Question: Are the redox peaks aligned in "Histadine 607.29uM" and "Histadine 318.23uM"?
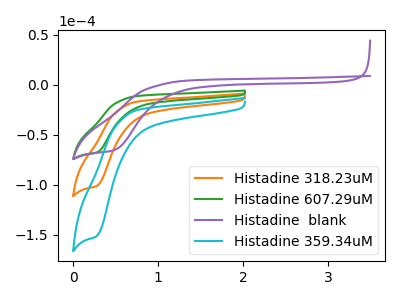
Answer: <think>The orange curve "Histadine 318.23uM" has a cathodic peak at: (0.25V, -101.55uA). The green curve "Histadine 607.29uM" has a cathodic peak at: (0.25V, -68.00uA). The purple curve "Histadine  blank" has a cathodic peak at: (0.50V, -65.15uA). The cyan curve "Histadine 359.34uM" has a cathodic peak at: (0.25V, -203.10uA).</think>
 <answer>Yes, "Histadine 607.29uM" have a peak in "Histadine 318.23uM" at the same potential.</answer>
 <eval>match</eval>